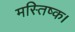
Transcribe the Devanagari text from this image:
मस्तिष्क।